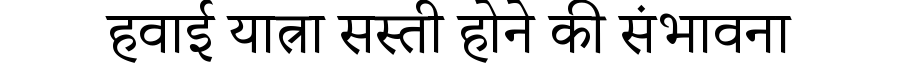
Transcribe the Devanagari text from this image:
हवाई यात्रा सस्ती होने की संभावना